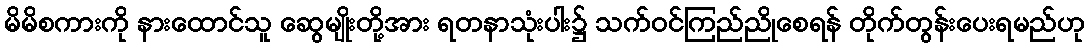
မိမိစကားကို နားထောင်သူ ဆွေမျိုးတို့အား ရတနာသုံးပါး၌ သက်ဝင်ကြည်ညိုစေရန် တိုက်တွန်းပေးရမည်ဟု